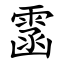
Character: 䨡